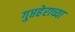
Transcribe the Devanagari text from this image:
गुप्तहेराच्या